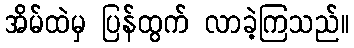
အိမ်ထဲမှ ပြန်ထွက် လာခဲ့ကြသည်။